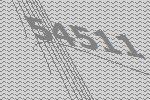
54511